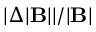
| \Delta | \mathbf { B } | | / | \mathbf { B } |